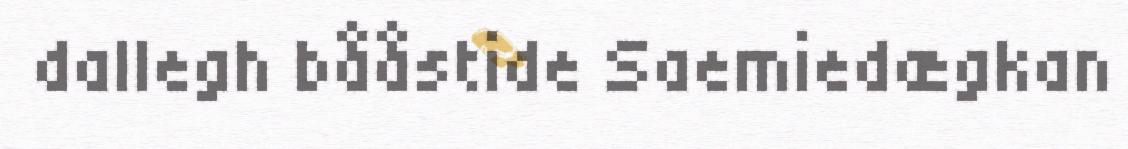
dallegh bååstide Saemiedægkan